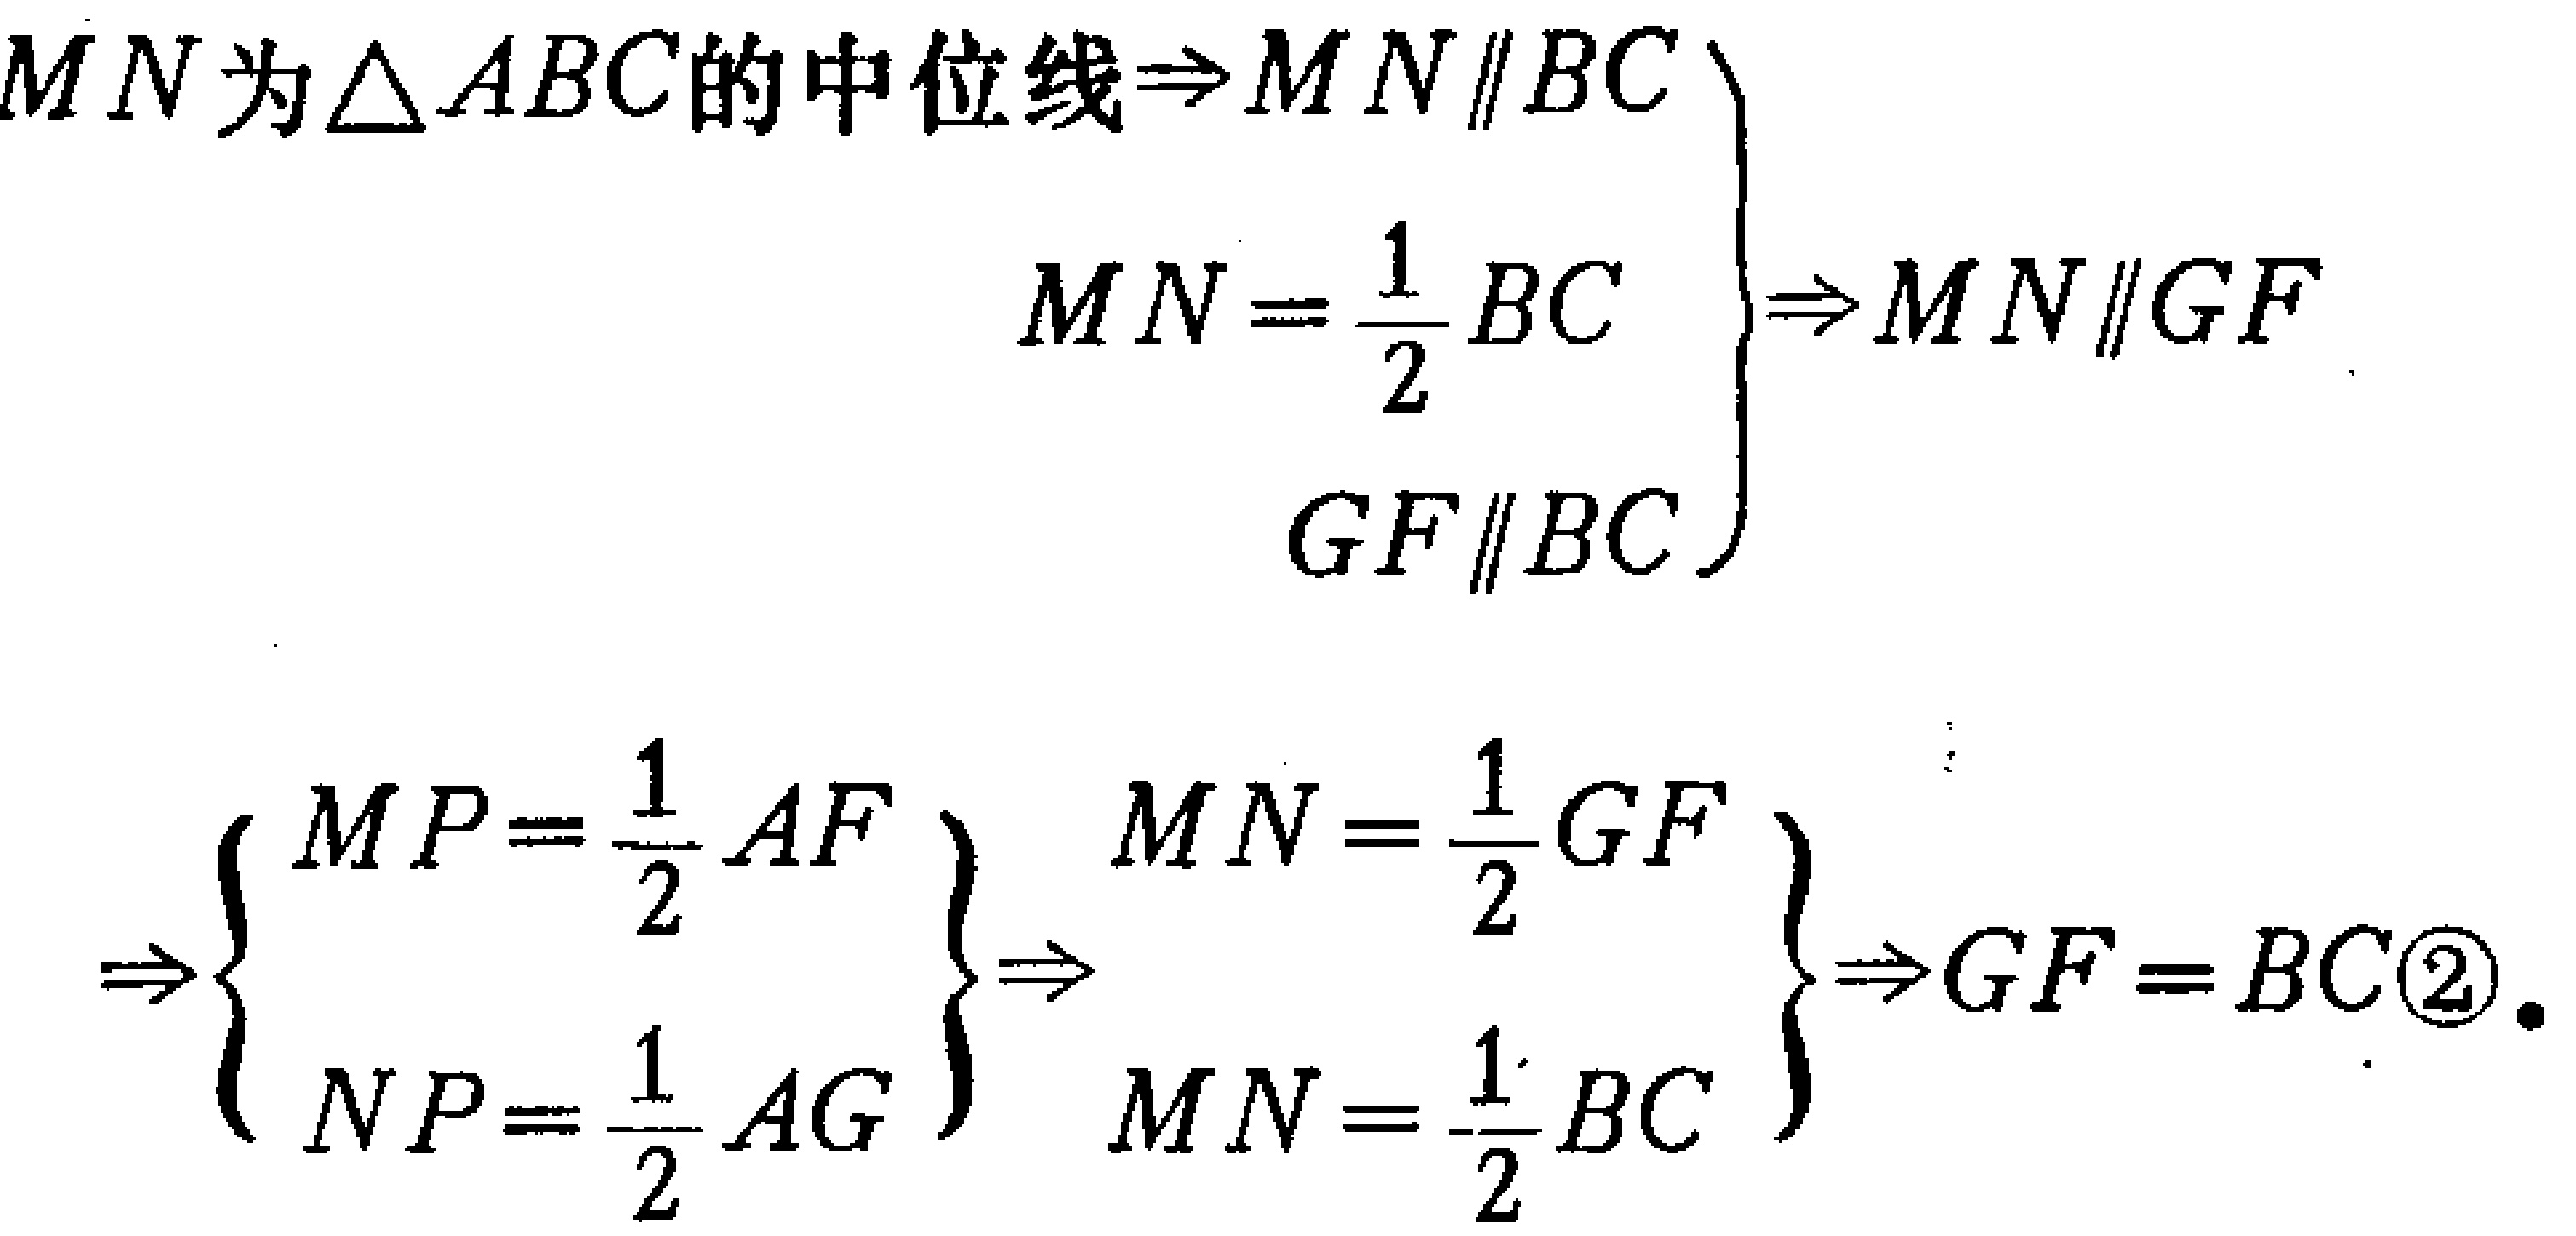
\[
\begin{align*}
\left.\begin{array}{r}
MN\text{ 为}\triangle ABC\text{的中位线}\Rightarrow MN\parallel BC\\
MN = \frac{1}{2}BC\\
GF\parallel BC
\end{array}\right\}
&\Rightarrow MN\parallel GF\\
\Rightarrow\left\{\begin{array}{l}
MP=\frac{1}{2}AF\\
NP=\frac{1}{2}AG
\end{array}\right\}
\Rightarrow
\left\{\begin{array}{l}
MN = \frac{1}{2}GF\\
MN=\frac{1}{2}BC
\end{array}\right\}
&\Rightarrow GF = BC\textcircled{2}.
\end{align*}
\]